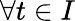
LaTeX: \forall t\in I